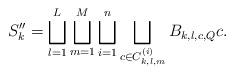
LaTeX: \begin{align*}S_k'' &= \bigsqcup_{l=1}^L \bigsqcup_{m=1}^M \bigsqcup_{i=1}^n\bigsqcup_{c\in C_{k,l,m}^{(i)}} B_{k,l,c,Q} c .\end{align*}